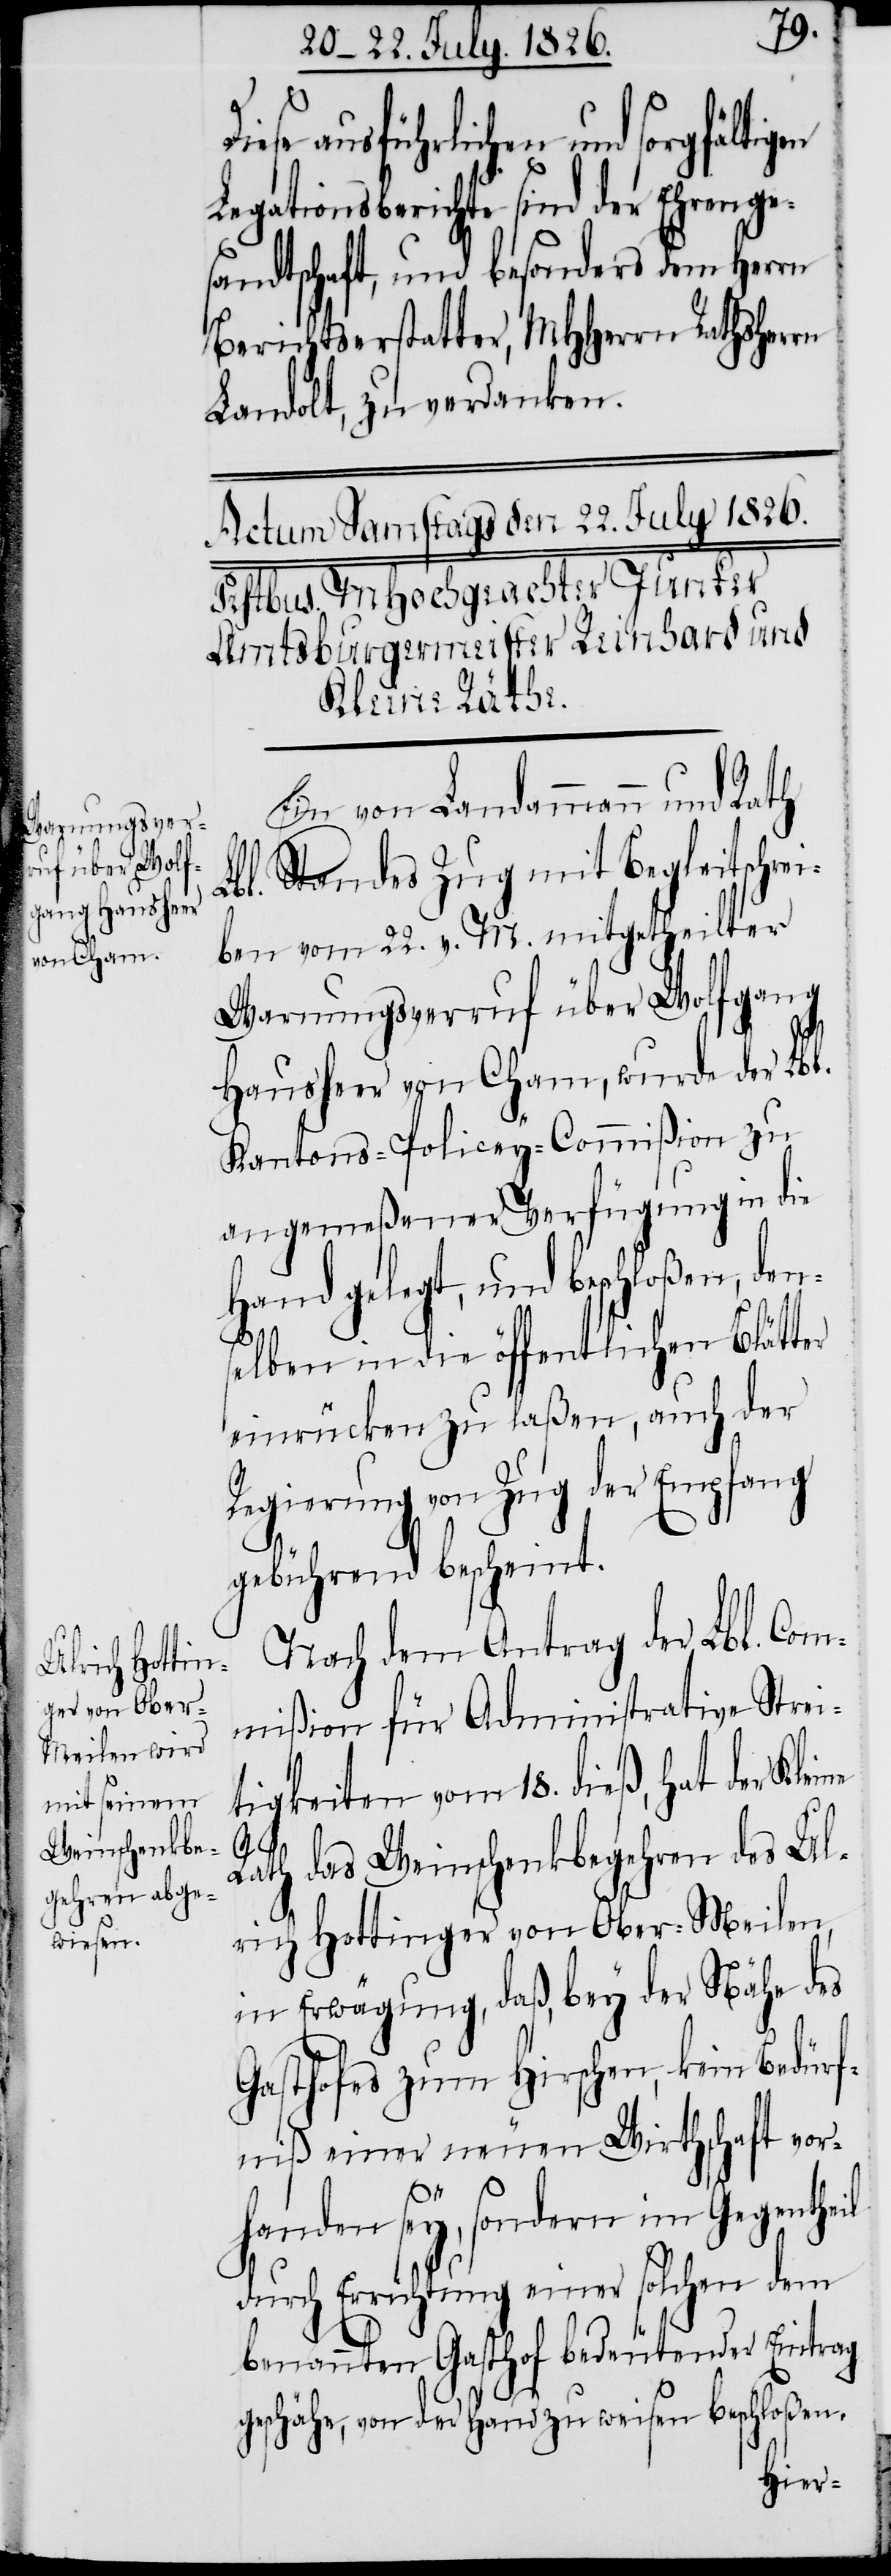
iese ausführlichen und sorgf¬
Legationsberichte sind der Ehrenge¬
sandtschaft, und besonders dem Herrn
Berichtserstatter, MHHerrn Rathsherrn
Landolt, zu verdanken.
Ein von Landammann und Rath
Lbl. Standes Zug mit Begleitschre¬
iben vom 22. v. M. mitgetheilter
Warnungsverruf über Wolfgang
Hausheer von Cham, wurde der Lbl.
Kantons-Policey-Commißion zu
angemeßener Verfügung in die
Hand gelegt, und beschloßen,
selben in die öffentlichen Blätter
einrücken zu laßen, auch der
Regierung von Zug der Empfang
gebührend bescheint.
Nach dem Antrag der Lbl. Com¬
mißion für Administrative Strei¬
tigkeiten vom 18. dieß, hat der Klei¬
heil
Rath das Weinschenkbegehren des Ul¬
rich Hottinger von Ober-Meilen,
in Erwägung, daß, bey der Nähe des
Gasthofes zum Hirschen, kein Bedürf¬
niß einer neuen Wirthschaft vor¬
handen sey, sondern im Gegent¬
durch Errichtung einer solchen dem
benannten Gasthof bedeutender Eintrag
geschähe, von der Hand zu weisen beschloßen.